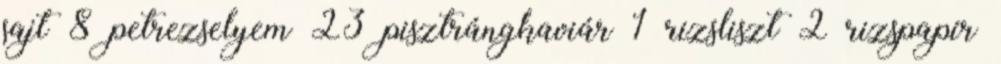
sajt 8 petrezselyem 23 pisztrángkaviár 1 rizsliszt 2 rizspapír